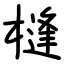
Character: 槰